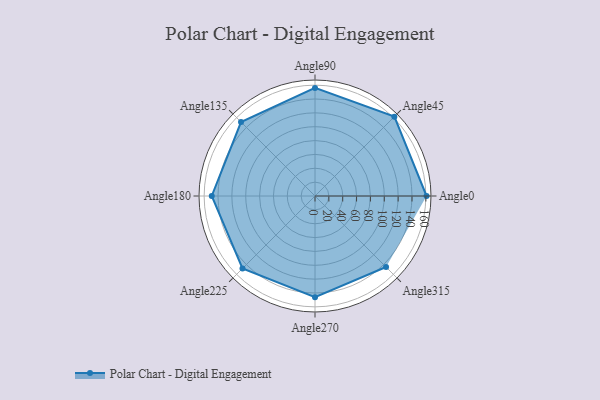
{"axis": {"x": "Angle", "y": "Radius"}, "legend": [""], "data": [{"x": "Angle0", "y": 161.0, "type": ""}, {"x": "Angle45", "y": 162.0, "type": ""}, {"x": "Angle90", "y": 156.0, "type": ""}, {"x": "Angle135", "y": 151.0, "type": ""}, {"x": "Angle180", "y": 149.0, "type": ""}, {"x": "Angle225", "y": 148.0, "type": ""}, {"x": "Angle270", "y": 146.0, "type": ""}, {"x": "Angle315", "y": 145.0, "type": ""}]}